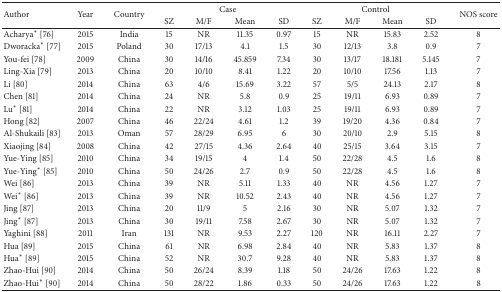
<table><thead><tr><td rowspan="2"><b>Author</b></td><td rowspan="2"><b>Year</b></td><td rowspan="2"><b>Country</b></td><td colspan="4"><b>Case</b></td><td colspan="4"><b>Control</b></td><td rowspan="2"><b>NOS score</b></td></tr><tr><td><b>SZ</b></td><td><b>M/F</b></td><td><b>Mean</b></td><td><b>SD</b></td><td><b>SZ</b></td><td><b>M/F</b></td><td><b>Mean</b></td><td><b>SD</b></td></tr></thead><tbody><tr><td>Acharya<sup><i>∗</i></sup> [76]</td><td>2015</td><td>India</td><td>15</td><td>NR</td><td>11.35</td><td>0.97</td><td>15</td><td>NR</td><td>15.83</td><td>2.52</td><td>8</td></tr><tr><td>Dworacka<sup><i>∗</i></sup> [77]</td><td>2015</td><td>Poland</td><td>30</td><td>17/13</td><td>4.1</td><td>1.5</td><td>30</td><td>12/13</td><td>3.8</td><td>0.9</td><td>7</td></tr><tr><td>You-fei [78]</td><td>2009</td><td>China</td><td>30</td><td>14/16</td><td>45.859</td><td>7.34</td><td>30</td><td>13/17</td><td>18.181</td><td>5.145</td><td>7</td></tr><tr><td>Ling-Xia [79]</td><td>2013</td><td>China</td><td>20</td><td>10/10</td><td>8.41</td><td>1.22</td><td>20</td><td>10/10</td><td>17.56</td><td>1.13</td><td>7</td></tr><tr><td>Li [80]</td><td>2014</td><td>China</td><td>63</td><td>4/6</td><td>15.69</td><td>3.22</td><td>57</td><td>5/5</td><td>24.13</td><td>2.17</td><td>8</td></tr><tr><td>Chen [81]</td><td>2014</td><td>China</td><td>24</td><td>NR</td><td>5.8</td><td>0.9</td><td>25</td><td>19/11</td><td>6.93</td><td>0.89</td><td>7</td></tr><tr><td>Lu<sup><i>∗</i></sup> [81]</td><td>2014</td><td>China</td><td>22</td><td>NR</td><td>3.12</td><td>1.03</td><td>25</td><td>19/11</td><td>6.93</td><td>0.89</td><td>7</td></tr><tr><td>Hong [82]</td><td>2007</td><td>China</td><td>46</td><td>22/24</td><td>4.61</td><td>1.2</td><td>39</td><td>19/20</td><td>4.36</td><td>0.84</td><td>7</td></tr><tr><td>Al-Shukaili [83]</td><td>2013</td><td>Oman</td><td>57</td><td>28/29</td><td>6.95</td><td>6</td><td>30</td><td>20/10</td><td>2.9</td><td>5.15</td><td>8</td></tr><tr><td>Xiaojing [84]</td><td>2008</td><td>China</td><td>42</td><td>27/15</td><td>4.36</td><td>2.64</td><td>40</td><td>25/15</td><td>3.64</td><td>3.15</td><td>7</td></tr><tr><td>Yue-Ying [85]</td><td>2010</td><td>China</td><td>34</td><td>19/15</td><td>4</td><td>1.4</td><td>50</td><td>22/28</td><td>4.5</td><td>1.6</td><td>8</td></tr><tr><td>Yue-Ying<sup><i>∗</i></sup> [85]</td><td>2010</td><td>China</td><td>50</td><td>24/26</td><td>2.7</td><td>0.9</td><td>50</td><td>22/28</td><td>4.5</td><td>1.6</td><td>8</td></tr><tr><td>Wei [86]</td><td>2013</td><td>China</td><td>39</td><td>NR</td><td>5.11</td><td>1.33</td><td>40</td><td>NR</td><td>4.56</td><td>1.27</td><td>7</td></tr><tr><td>Wei<sup><i>∗</i></sup> [86]</td><td>2013</td><td>China</td><td>39</td><td>NR</td><td>10.52</td><td>2.43</td><td>40</td><td>NR</td><td>4.56</td><td>1.27</td><td>7</td></tr><tr><td>Jing [87]</td><td>2013</td><td>China</td><td>20</td><td>11/9</td><td>5</td><td>2.16</td><td>30</td><td>NR</td><td>5.07</td><td>1.32</td><td>7</td></tr><tr><td>Jing<sup><i>∗</i></sup> [87]</td><td>2013</td><td>China</td><td>30</td><td>19/11</td><td>7.58</td><td>2.67</td><td>30</td><td>NR</td><td>5.07</td><td>1.32</td><td>7</td></tr><tr><td>Yaghini [88]</td><td>2011</td><td>Iran</td><td>131</td><td>NR</td><td>9.53</td><td>2.27</td><td>120</td><td>NR</td><td>16.11</td><td>2.27</td><td>7</td></tr><tr><td>Hua [89]</td><td>2015</td><td>China</td><td>61</td><td>NR</td><td>6.98</td><td>2.84</td><td>40</td><td>NR</td><td>5.83</td><td>1.37</td><td>8</td></tr><tr><td>Hua<sup><i>∗</i></sup> [89]</td><td>2015</td><td>China</td><td>52</td><td>NR</td><td>30.7</td><td>9.28</td><td>40</td><td>NR</td><td>5.83</td><td>1.37</td><td>8</td></tr><tr><td>Zhao-Hui [90]</td><td>2014</td><td>China</td><td>50</td><td>26/24</td><td>8.39</td><td>1.18</td><td>50</td><td>24/26</td><td>17.63</td><td>1.22</td><td>8</td></tr><tr><td>Zhao-Hui<sup><i>∗</i></sup> [90]</td><td>2014</td><td>China</td><td>50</td><td>28/22</td><td>1.86</td><td>0.33</td><td>50</td><td>24/26</td><td>17.63</td><td>1.22</td><td>8</td></tr></tbody></table>